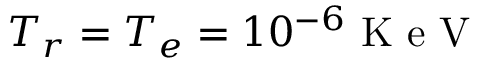
T _ { r } = T _ { e } = 1 0 ^ { - 6 } \mathrm { ~ K ~ e ~ V ~ }